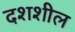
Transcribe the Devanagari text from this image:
दशशील